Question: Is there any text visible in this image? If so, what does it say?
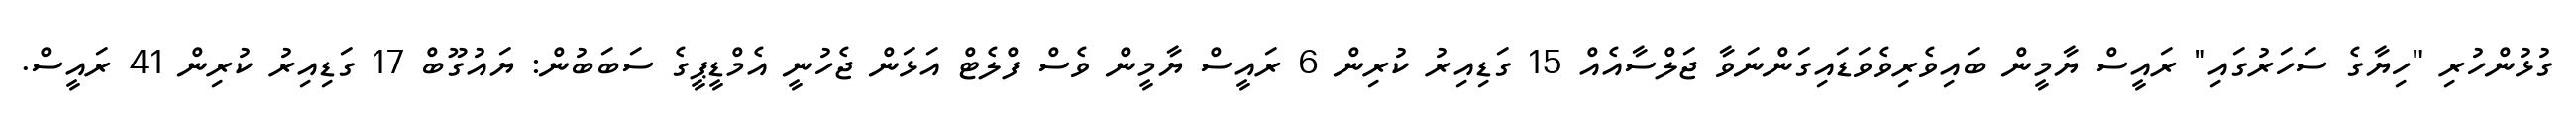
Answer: ގުޅުންހުރި "ހިޔާގެ ސަހަރުގައި" ރައީސް ޔާމީން ބައިވެރިވެވަޑައިގަންނަވާ ޖަލްސާއެއް 15 ގަޑިއިރު ކުރިން 6 ރައީސް ޔާމީން ވެސް ފްލެޓް އަޅަން ޖެހުނީ އެމްޑީޕީގެ ސަބަބުން: ޔައުގޫބް 17 ގަޑިއިރު ކުރިން 41 ރައީސް.